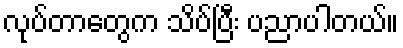
လုပ်တာတွေက သိပ်ပြီး ပညာပါတယ်။